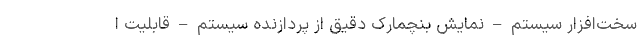
سخت‌افزار سیستم – نمایش بنچمارک دقیق از پردازنده سیستم – قابلیت ا